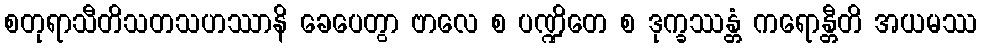
စတုရာသီတိသတသဟဿာနိ ခေပေတွာ ဗာလေ စ ပဏ္ဍိတေ စ ဒုက္ခဿန္တံ ကရောန္တီတိ အယမဿ